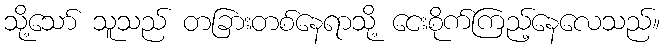
သို့သော် သူသည် တခြားတစ်နေရာသို့ ငေးစိုက်ကြည့်နေလေသည်။